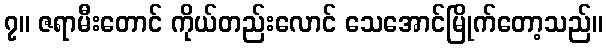
၇။ ဇရာမီးတောင် ကိုယ်တည်းလောင် သေအောင်မြိုက်တော့သည်။